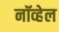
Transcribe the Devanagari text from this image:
नॉव्हेल